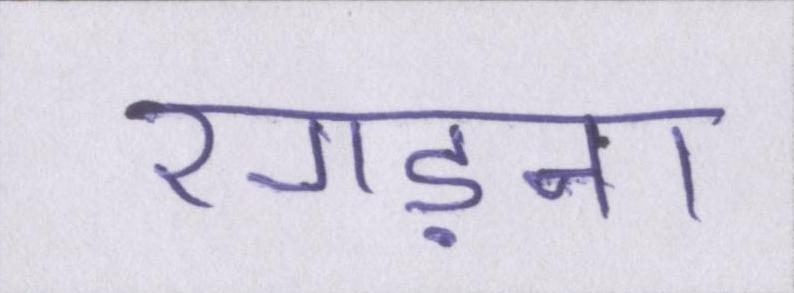
रगड़ना